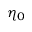
\eta _ { 0 }